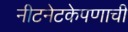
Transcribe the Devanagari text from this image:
नीटनेटकेपणाची